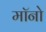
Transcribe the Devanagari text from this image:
मॉनो